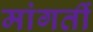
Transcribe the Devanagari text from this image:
मांगतीं